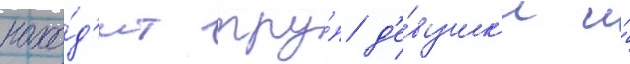
нахо́д'ит тру́п д'е́вушк'и и́